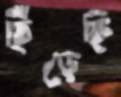
ছিঁড়েছি